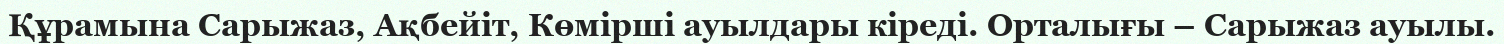
Құрамына Сарыжаз, Ақбейіт, Көмірші ауылдары кіреді. Орталығы – Сарыжаз ауылы.